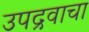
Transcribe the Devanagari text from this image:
उपद्रवाचा